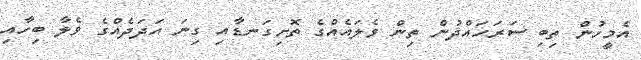
އެމީހުން ތިބި ސަރަހައްދުން ތިން ވެލައެއްގެ ތޮށިގަނޑާއި ގިނަ އަދަދެއްގެ ވެލާ ބިހާއި